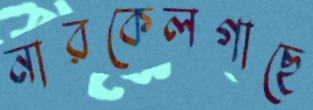
নারকেলগাছে